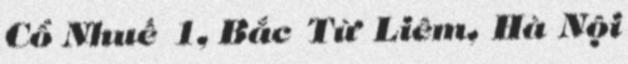
Cổ Nhuế 1, Bắc Từ Liêm, Hà Nội